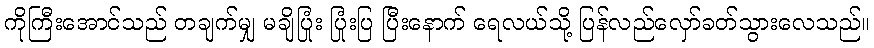
ကိုကြီးအောင်သည် တချက်မျှ မချိပြုံး ပြုံးပြ ပြီးနောက် ရေလယ်သို့ ပြန်လည်လှော်ခတ်သွားလေသည်။